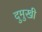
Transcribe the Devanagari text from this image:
दुमुखी